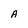
Character: A